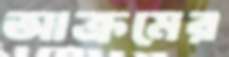
আক্রমের